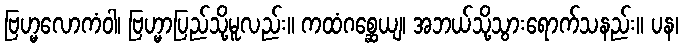
ဗြဟ္မလောကံဝါ၊ ဗြဟ္မာပြည်သို့မူလည်း။ ကထံဂစ္ဆေယျ၊ အဘယ်သို့သွားရောက်သနည်း။ ပန၊